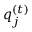
{ q _ { j } ^ { \left( t \right) } }